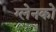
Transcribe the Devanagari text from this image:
ग्लेनको